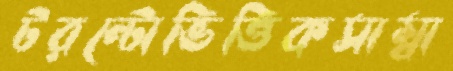
টরন্টোভিত্তিকসাম্বা